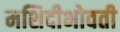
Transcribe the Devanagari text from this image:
मशिदीभोवती